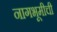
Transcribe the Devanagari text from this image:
नागभूमीची